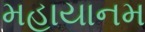
મહાયાનમ